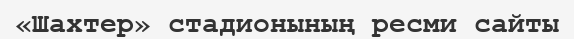
«Шахтер» стадионының ресми сайты